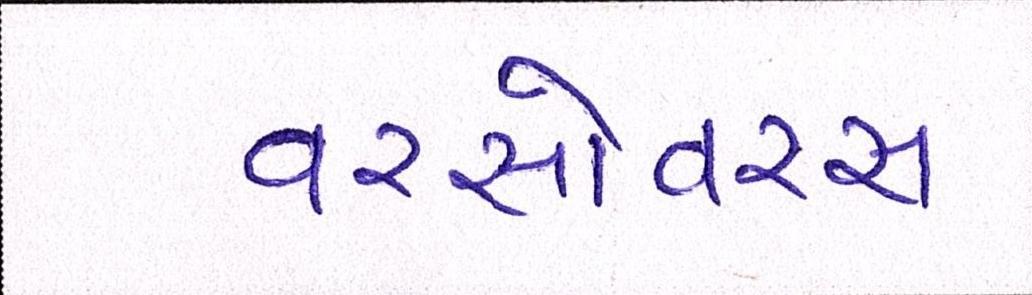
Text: વરસોવરસ